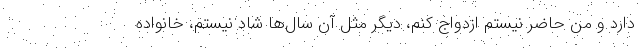
دارد و من حاضر نیستم ازدواج کنم، دیگر مثل آن سال‌ها شاد نیستم، خانواده